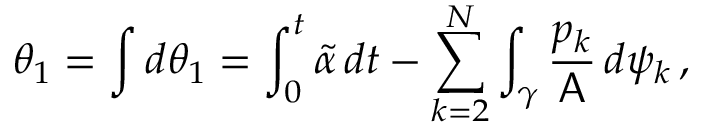
\theta _ { 1 } = \int d \theta _ { 1 } = \int _ { 0 } ^ { t } \widetilde { \alpha } \, d t - \sum _ { k = 2 } ^ { N } \int _ { \gamma } \frac { p _ { k } } { \mathsf { A } } \, d \psi _ { k } \, ,